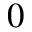
_ 0